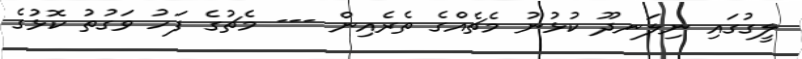
ލީގުގައި ނިލަނދޫ ކުޅުނު މެޗެއްގެ ތެރެއިން --- މެޗުގެ ފަހު ވަގުތު ކޮޅުގެ